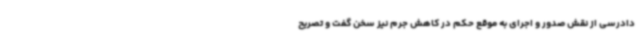
دادرسی از نقش صدور و اجرای به موقع حکم در کاهش جرم نیز سخن گفت و تصریح